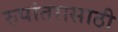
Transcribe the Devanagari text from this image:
रुपांतरासाठी